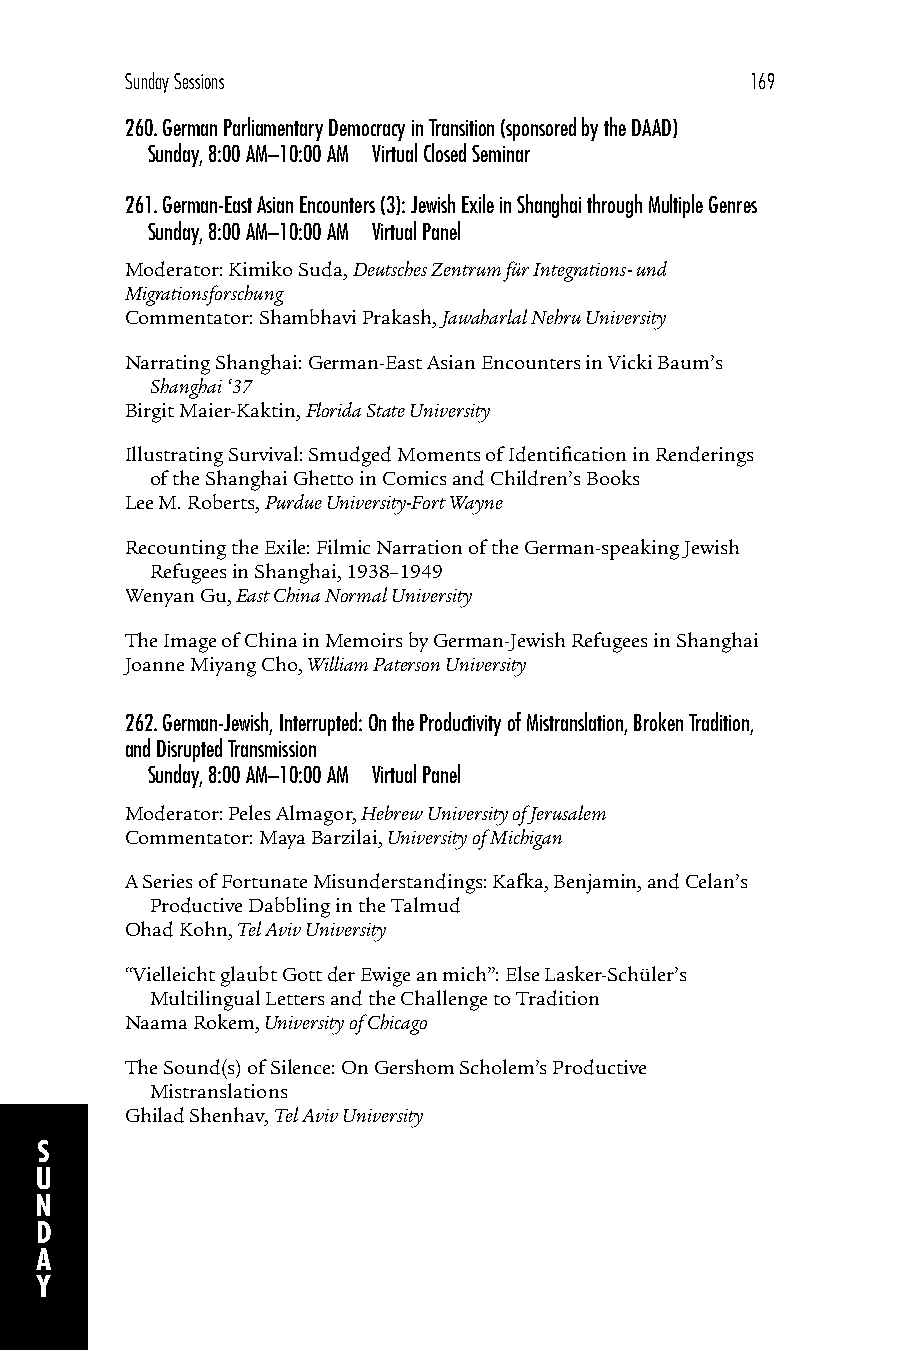
Sunday Sessions                           169
 260.German Parliamentary Democracy in Transition (sponsored by the DAAD)
 Sunday, 8:00 AM–10:00 AM Virtual Closed Seminar
 261.German-East Asian Encounters (3): Jewish Exile in Shanghai through Multiple Genres
 Sunday, 8:00 AM–10:00 AM Virtual Panel
 Moderator: Kimiko Suda, Deutsches Zentrum für Integrations- und
 Migrationsforschung
 Commentator: Shambhavi Prakash, Jawaharlal Nehru University
 Narrating Shanghai: German-East Asian Encounters in Vicki Baum’s
 Shanghai ‘37
 Birgit Maier-Kaktin, Florida State University
 Illustrating Survival: Smudged Moments of Identification in Renderings
 of the Shanghai Ghetto in Comics and Children’s Books
 Lee M. Roberts, Purdue University-Fort Wayne
 Recounting the Exile: Filmic Narration of the German-speaking Jewish
 Refugees in Shanghai, 1938–1949
 Wenyan Gu, East China Normal University
 The Image of China in Memoirs by German-Jewish Refugees in Shanghai
 Joanne Miyang Cho, William Paterson University
 262.German-Jewish, Interrupted: On the Productivity of Mistranslation, Broken Tradition,
 and Disrupted Transmission
 Sunday, 8:00 AM–10:00 AM Virtual Panel
 Moderator: Peles Almagor, Hebrew University of Jerusalem
 Commentator: Maya Barzilai, University of Michigan
 A Series of Fortunate Misunderstandings: Kafka, Benjamin, and Celan’s
 Productive Dabbling in the Talmud
 Ohad Kohn, Tel Aviv University
 “Vielleicht glaubt Gott der Ewige an mich”: Else Lasker-Schüler’s
 Multilingual Letters and the Challenge to Tradition
 Naama Rokem, University of Chicago
 The Sound(s) of Silence: On Gershom Scholem’s Productive
 Mistranslations
 Ghilad Shenhav, Tel Aviv University
 S
 U
 N
 D
 A
 Y